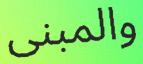
والمبنى